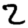
Digit: 2